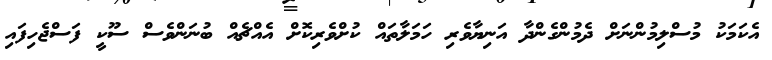
އެކަމަކު މުސްލިމުންނަށް ދެމުންގެންދާ އަނިޔާވެރި ހަމަލާތައް ކުށްވެރިކޮށް އެއްޗެއް ބުނަންވެސް ސޫކީ ފަސްޖެހިފައި